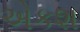
એકશ